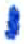
אות: י